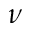
\nu